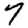
Digit: 7